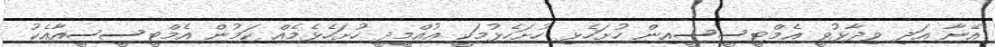
އޭނާ އަދި ވިދާޅުވީ އެމްޓީސީސީއިން ހުށަހެޅި ހުށަހެޅުމަކީ އުއްމީދީ ހުށަހެޅެމެއް ކަމުން އެމްޓީސީސީއާއެކު